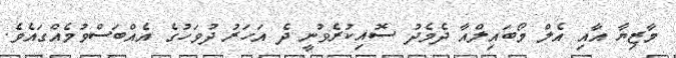
މާޒިޔާ އާއި އެލް މޯބައިލްއާ ދެމެދު ސޮއިކުރެވުނީ ދެ އަހަރު ދުވަހުގެ އެއްބަސްވުމެއްގައެވެ.